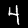
Digit: 4